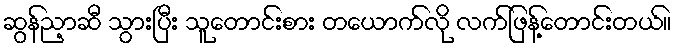
ဆွန်ညာ့ဆီ သွားပြီး သူတောင်းစား တယောက်လို လက်ဖြန့်တောင်းတယ်။